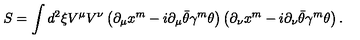
S = \int d ^ { 2 } \xi V ^ { \mu } V ^ { \nu } \left( \partial _ { \mu } x ^ { m } - i \partial _ { \mu } \bar { \theta } \gamma ^ { m } \theta \right) \left( \partial _ { \nu } x ^ { m } - i \partial _ { \nu } \bar { \theta } \gamma ^ { m } \theta \right) .